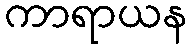
ကာရာယန